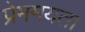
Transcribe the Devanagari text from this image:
प्रेममयता